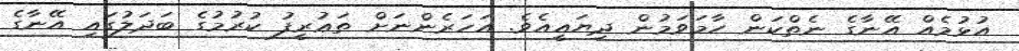
އުޅުމެއް އޭނާގެ ނެތްކަން ހާމަވަމުން ދިޔައީއެވެ. އަހަރެންނަށް ތަޢުރީފު ކުރުމުގެ ބަދަލުގައި އޭނާގެ